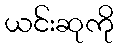
ယင်းဆုကို